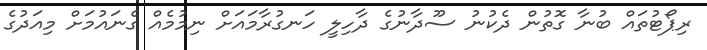
ރިޕޯޓުތައް ބުނާ ގޮތުން ދެކުނު ސޫދާނުގެ ދާހިލީ ހަނގުރާމައަށް ނިމުމެއް ގެނައުމަށް މިއަދުގެ